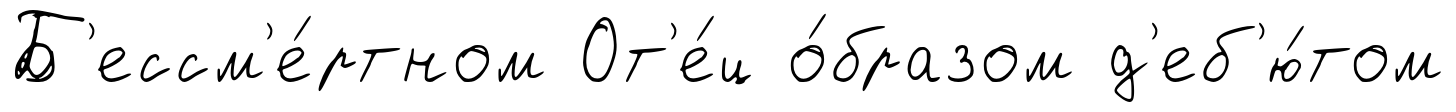
Б'ессм'е́ртном От'е́ц о́бразом д'еб'ю́том